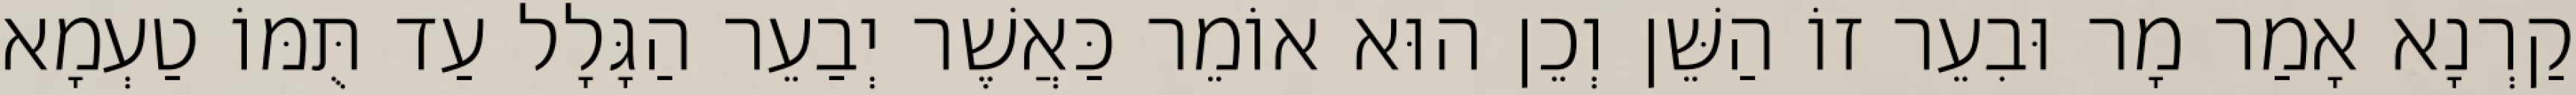
קַרְנָא אָמַר מָר וּבִעֵר זוֹ הַשֵּׁן וְכֵן הוּא אוֹמֵר כַּאֲשֶׁר יְבַעֵר הַגָּלָל עַד תֻּמּוֹ טַעְמָא